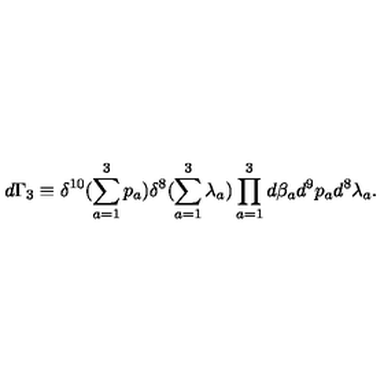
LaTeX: d \Gamma _ { 3 } \equiv \delta ^ { 1 0 } ( \sum _ { a = 1 } ^ { 3 } p _ { a } ) \delta ^ { 8 } ( \sum _ { a = 1 } ^ { 3 } \lambda _ { a } ) \prod _ { a = 1 } ^ { 3 } d \beta _ { a } d ^ { 9 } p _ { a } d ^ { 8 } \lambda _ { a } .